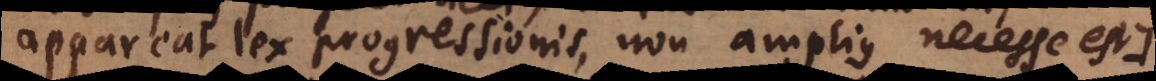
appareat lex progressionis, non amplius necesse est:).